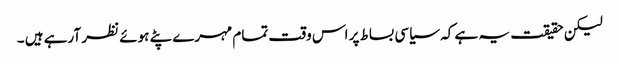
لیکن حقیقت یہ ہے کہ سیاسی بساط پر اس وقت تمام مہرے پٹے ہوئے نظر آرہے ہیں ۔